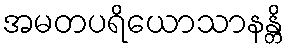
အမတပရိယောသာနန္တိ